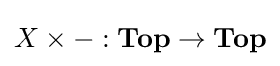
X\times -:{\bf {{Top}\to {\bf {Top}}}}